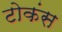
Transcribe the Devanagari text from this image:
टोकंस